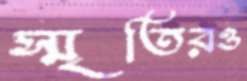
স্মৃতিরও